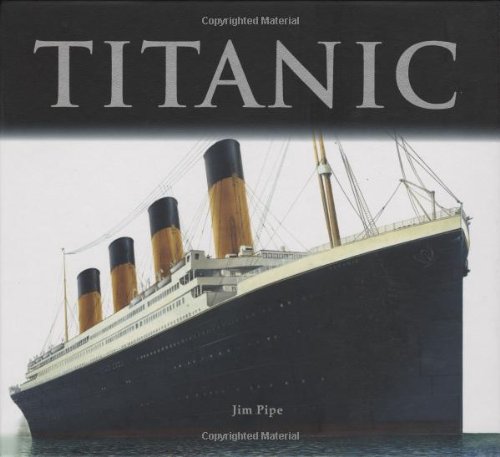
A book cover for Titanic; Jim Pipe; Children's Books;